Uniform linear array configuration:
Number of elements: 4
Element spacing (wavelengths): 1
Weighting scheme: uniform
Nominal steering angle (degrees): -45
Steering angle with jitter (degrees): -44.232
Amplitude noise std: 0.05
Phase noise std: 0.05

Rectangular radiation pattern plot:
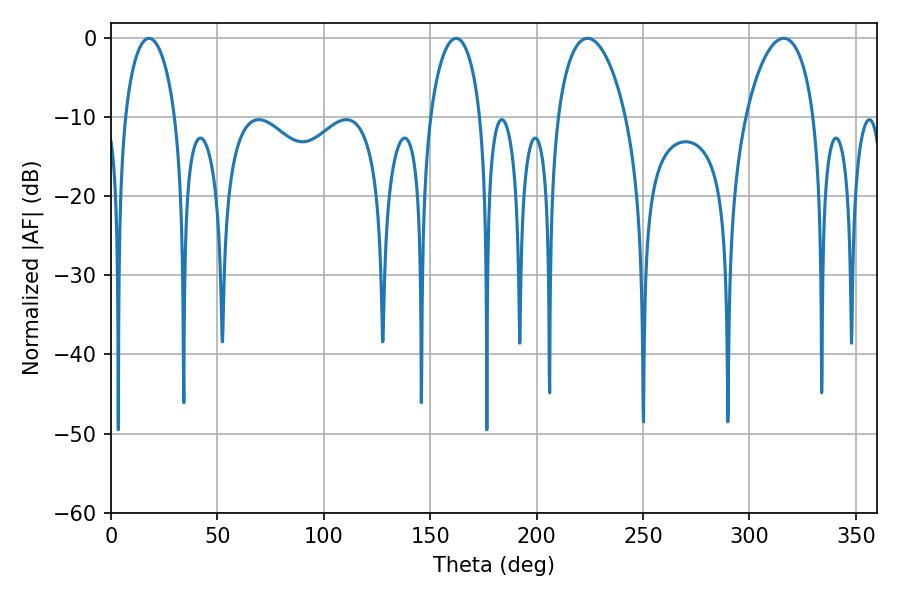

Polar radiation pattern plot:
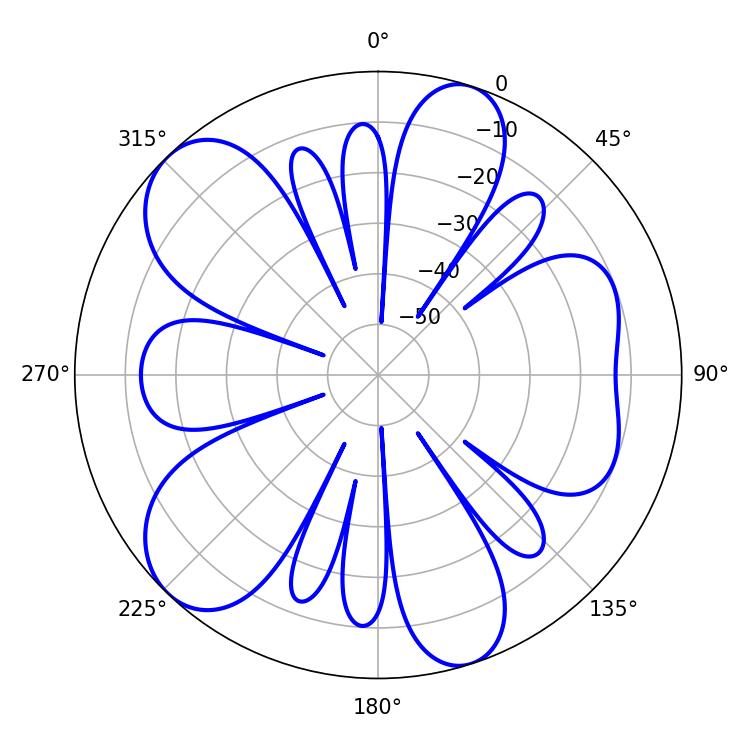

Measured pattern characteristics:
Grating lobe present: TRUE
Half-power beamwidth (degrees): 18.18
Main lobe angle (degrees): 223.92